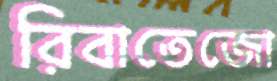
রিবাতেজো